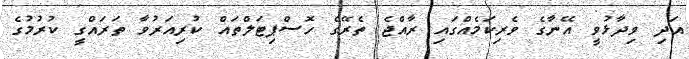
އަދި ވިދާޅުވީ އޭނާގެ ވެރިކަމެއްގައި ރާއްޖެ ތެރޭގެ ހޮސްޕިޓަލްތައް ކުރިއަރުވާ ތަރައްގީ ކުރުމުގެ